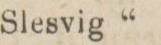
Slesvig”